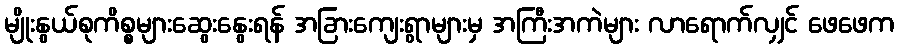
မျိုးနွယ်စုကိစ္စများဆွေးနွေးရန် အခြားကျေးရွာများမှ အကြီးအကဲများ လာရောက်လျှင် ဖေဖေက